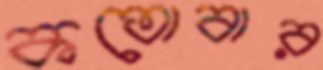
কতোবার